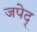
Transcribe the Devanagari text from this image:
जपेद्